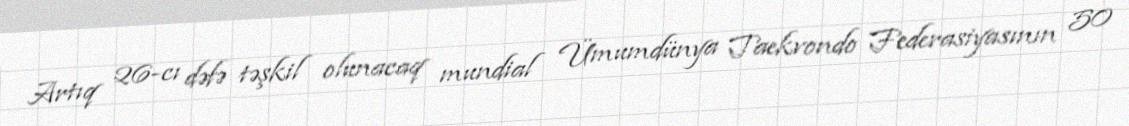
Artıq 26-cı dəfə təşkil olunacaq mundial Ümumdünya Taekvondo Federasiyasının 50